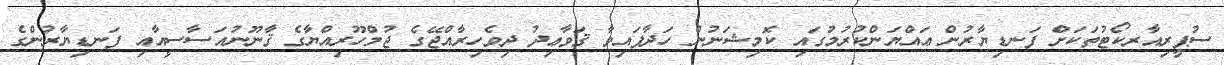
ސުޕީރިއާރކޯޓުތަކަށް ފަނޑިޔާރުން ޢައްޔަންކުރުމުގައި ކޮމިޝަނުން ހަދާފައިވާ ޤަވާޢިދު ދިވެހިރާއްޖޭގެ ޖުމްހޫރިއްޔާގެ ޤާނޫނުއަސާސީއާއި ފަނޑިޔާރުންގެ